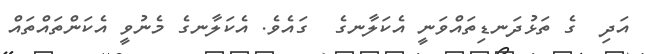
އަދި  ގެ ތަޅުދަނޑިތައްވަނީ އެކަލާނގެ  ގައެވެ. އެކަލާނގެ މެނުވީ އެކަންތައްތައް